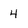
Character: 4